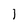
Character: 1